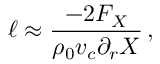
\ell \approx \frac { - 2 F _ { X } } { \rho _ { 0 } v _ { c } \partial _ { r } X } \, ,